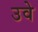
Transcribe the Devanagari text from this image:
उवे